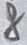
Text: 8